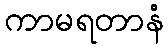
ကာမရတာနံ